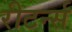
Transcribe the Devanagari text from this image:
रीटर्न्स